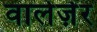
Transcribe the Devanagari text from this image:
वालेज़ेर